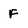
Character: F